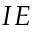
I E